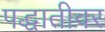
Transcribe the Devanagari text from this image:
पद्धातीवर